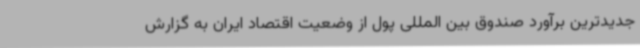
جدیدترین برآورد صندوق بین المللی پول از وضعیت اقتصاد ایران به گزارش